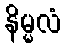
နိမ္မလံ